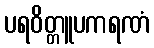
ပရဝိတ္တူပကရဏံ